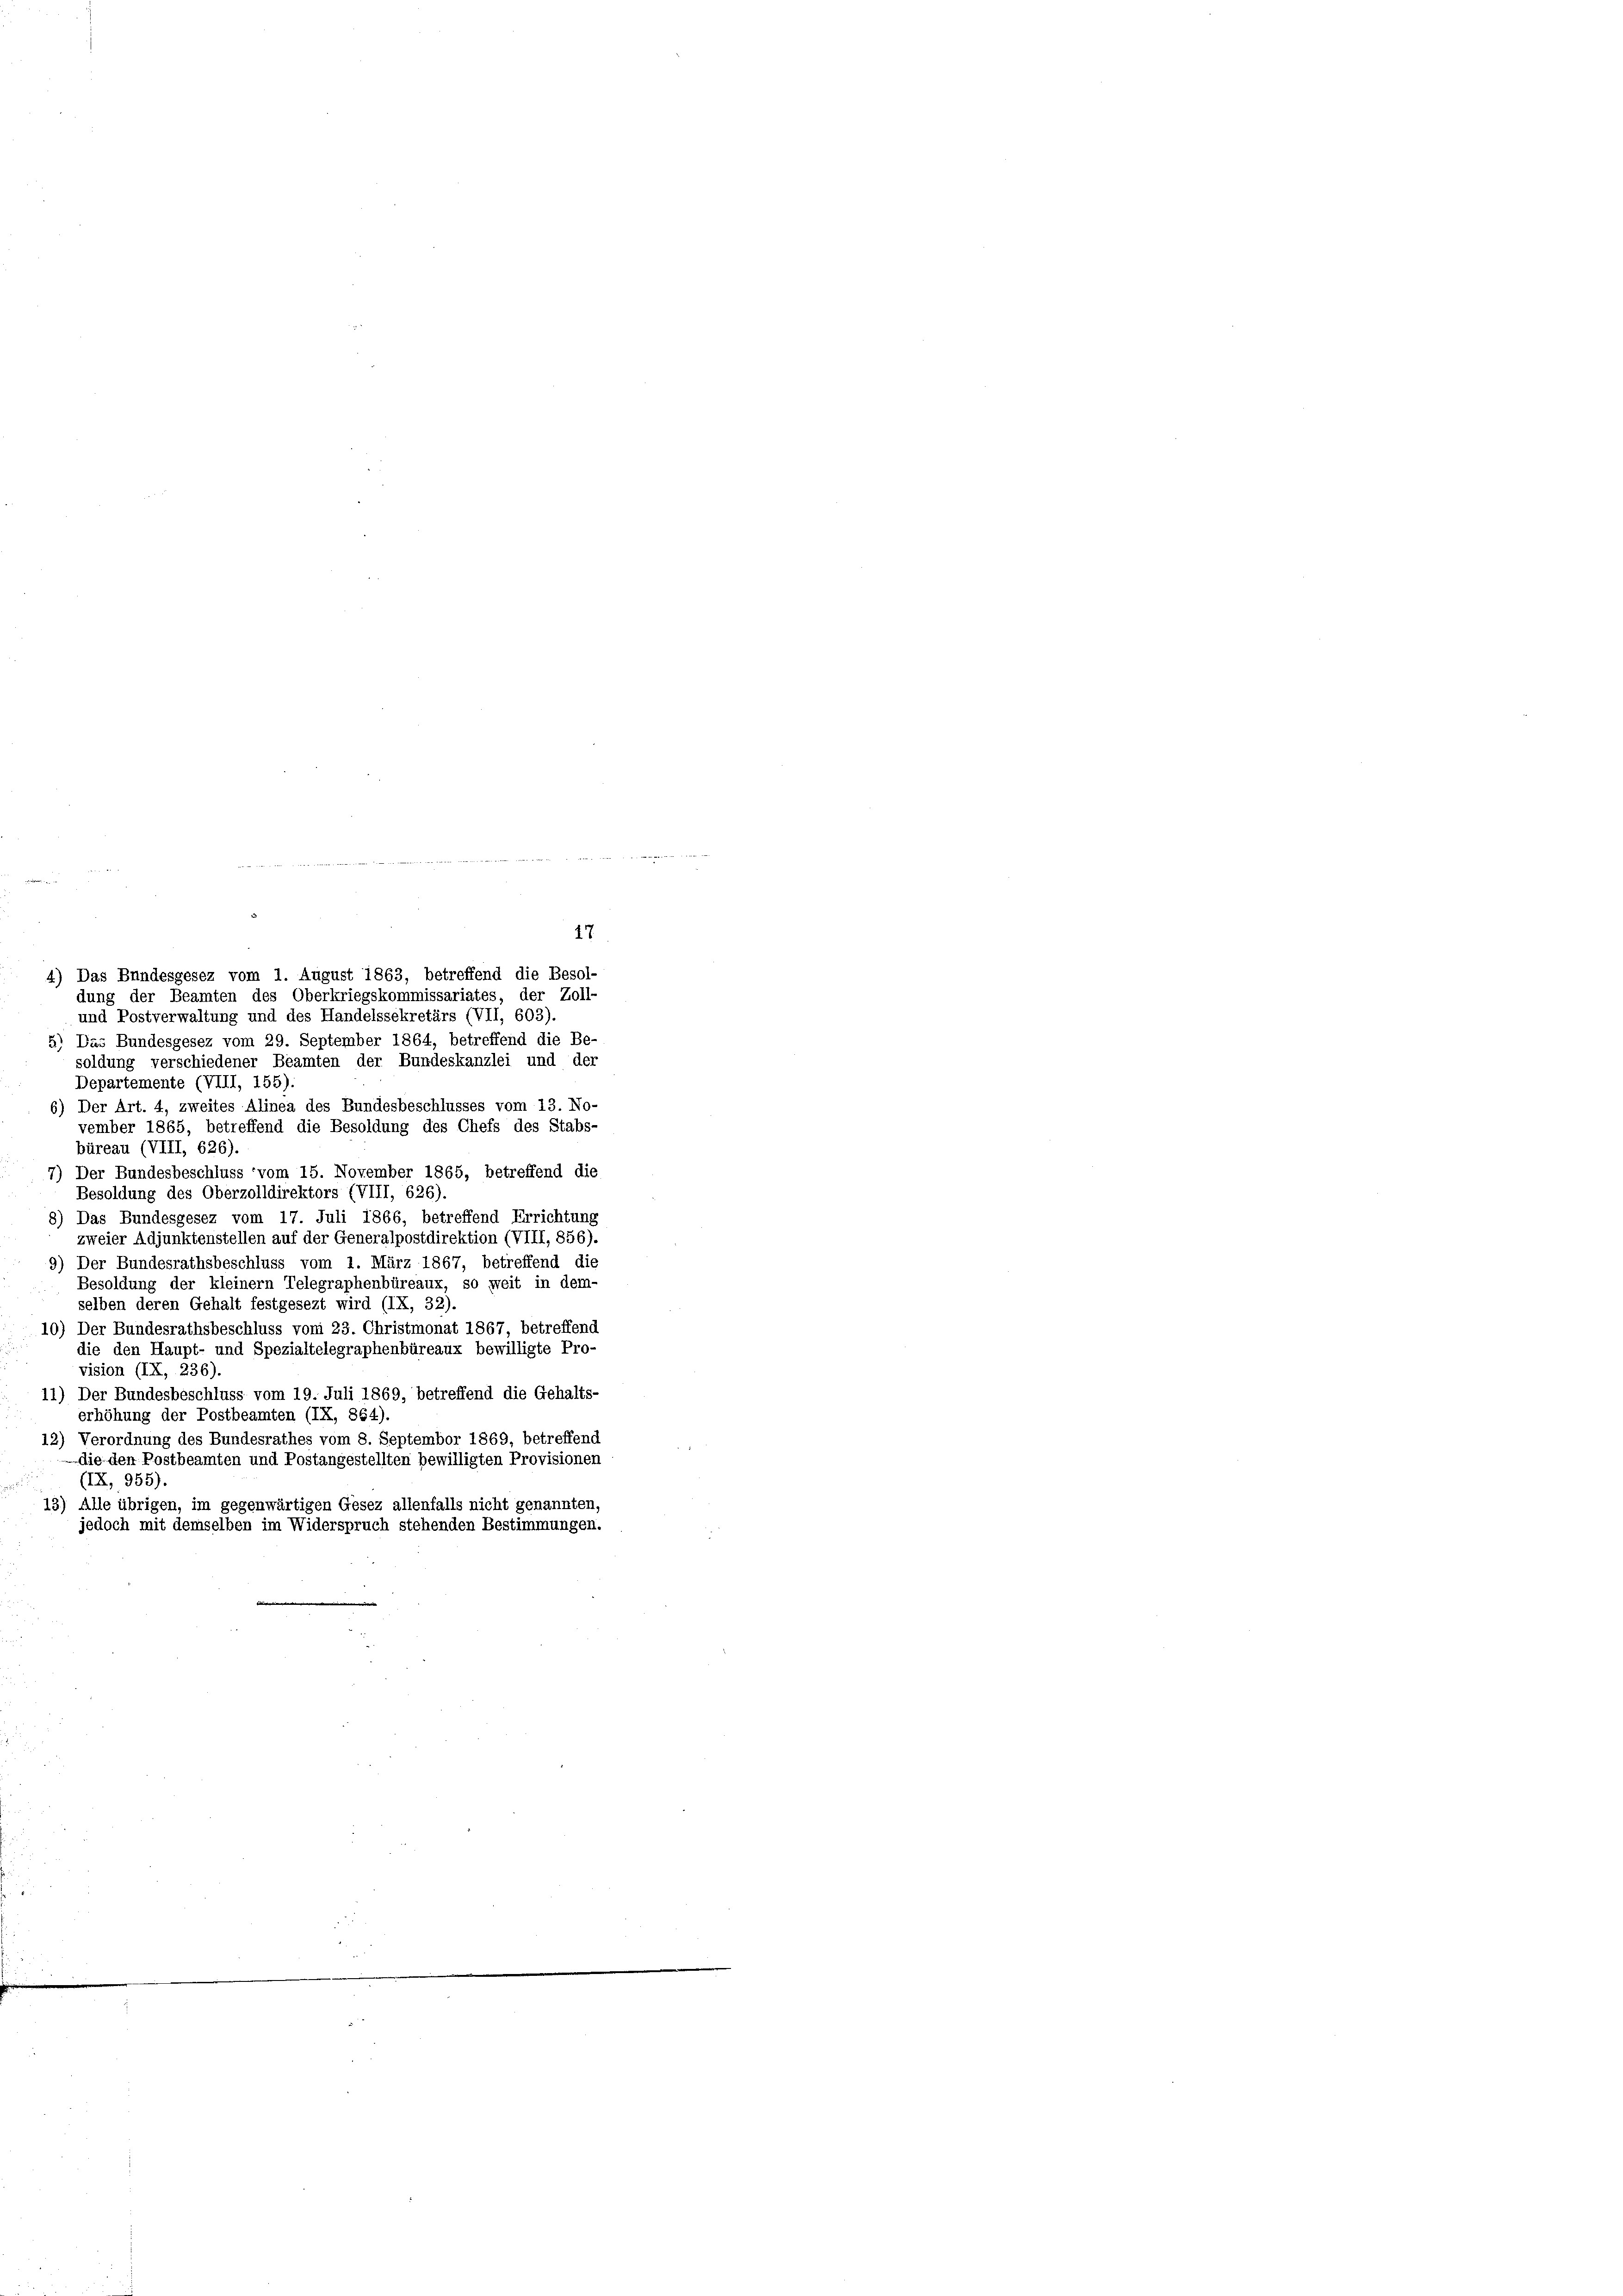
17
soldung verschiedener Beamten der Bundeskanzlei und der
Departemente (VIII, 155):
6) Der Art. 4, zweites Alinea des Bundesbeschlusses vom 13. No-
vember 1865, betreffend die Besoldung des Chefs des Stabs-
büreau (VIII, 626)
Der Bundesbeschluss vom 15. November 1865, betreffend die
Besoldung des Oberzolldirektors (VIII, 626).
8) Das Bundesgesez vom 17. Juli 1866, betreffend Errichtung
zweier Adjunktenstellen auf der Generalpostdirektion (VIII, 856).
9) Der Bundesrathsbeschluss vom 1. März 1867, betreffend die
Besoldung der kleinern Telegraphenbüreaux, so weit in dem-
selben deren Gehalt festgesezt wird (IX, 32).
10) Der Bundesrathsbeschluss vom 23. Christmonat 1867, betreffend
die den Haupt- und Spezialtelegraphenbüreaux bewilligte Pro-
vision (IX, 236)
11) Der Bundesbeschluss vom 19. Juli 1869, betreffend die Gehalts-
erhöhung der Postbeamten (IX, 864).
12) Verordnung des Bundesrathes vom 8. Septembor 1869, betreffend
die den Postbeamten und Postangestellten bewilligten Provisionen
(IX, 955).
13) Alle übrigen, im gegenwärtigen Gesez allenfalls nicht genannten,
jedoch mit demselben im Widerspruch stehenden Bestimmungen.

4) Das Bundesgesez vom 1. August 1863, betreffend die Besol-
dung der Beamten des Oberkriegskommissariates, der Zoll-
und Postverwaltung und des Handelssekretärs (VII, 603)
5) Das Bundesgesez vom 29. September 1864, betreffend die Be-